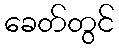
ခေတ်တွင်